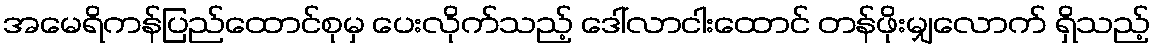
အမေရိကန်ပြည်ထောင်စုမှ ပေးလိုက်သည့် ဒေါ်လာငါးထောင် တန်ဖိုးမျှလောက် ရှိသည့်